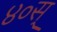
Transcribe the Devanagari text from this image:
४०स्